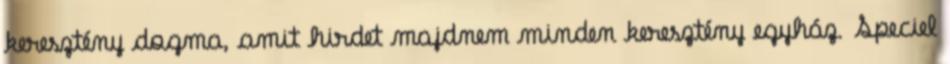
keresztény dogma, amit hirdet majdnem minden keresztény egyház. Speciel